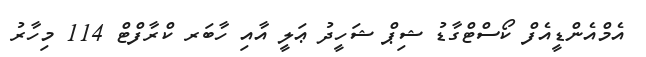
އެމްއެންޑީއެފް ކޯސްޓްގާޑު ޝިޕް ޝަހީދު ޢަލީ އާއި ހާބަރ ކްރާފްޓް 114 މިހާރު